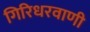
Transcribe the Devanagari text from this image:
गिरिधरवाणी